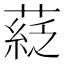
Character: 𦹴